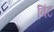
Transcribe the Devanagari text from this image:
बिंट